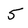
Character: 5